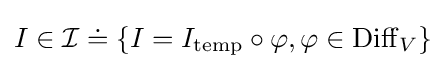
I\in {\mathcal {I}}\doteq \{I=I_{\text{temp}}\circ \varphi ,\varphi \in \operatorname {Diff} _{V}\}